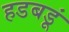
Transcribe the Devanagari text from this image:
हडबडूं